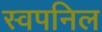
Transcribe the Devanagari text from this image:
स्वपनिल